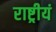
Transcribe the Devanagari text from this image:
राष्ट्रीयं